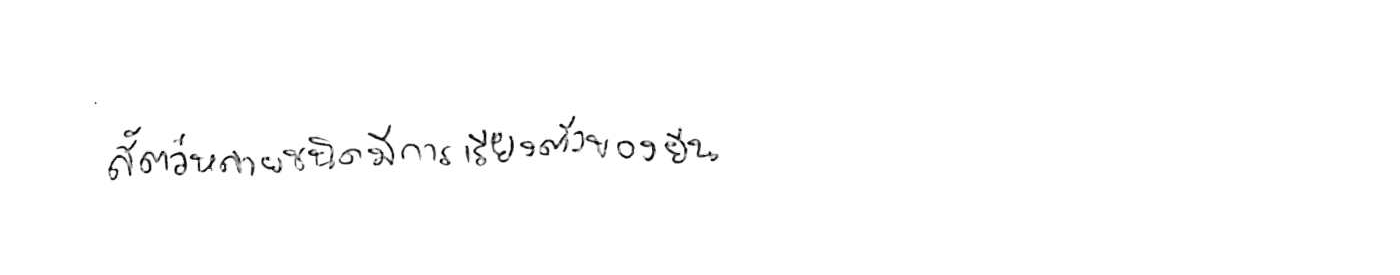
สัตว์หลายชนิดมีการเรียงตัวของยีน